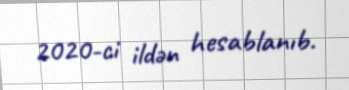
2020-ci ildən hesablanıb.